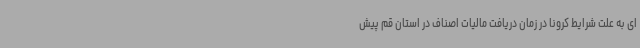
ای به علت شرایط کرونا در زمان دریافت مالیات اصناف در استان قم پیش